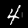
Digit: 4